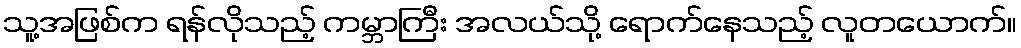
သူ့အဖြစ်က ရန်လိုသည့် ကမ္ဘာကြီး အလယ်သို့ ရောက်နေသည့် လူတယောက်။